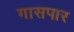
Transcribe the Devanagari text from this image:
गासपार